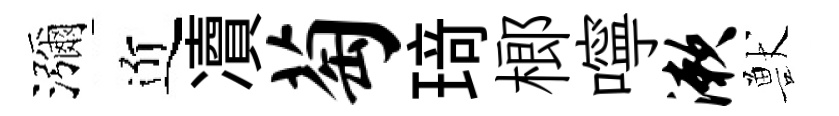
瀰近凟萄𤦺榔嚀漱獸